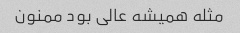
مثله همیشه عالی بود ممنون